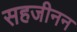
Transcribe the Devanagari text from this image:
सहजीनन